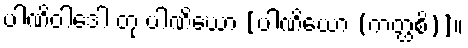
ပါဏိဝါဒေါ တု ပါဏိဃော [ပါဏိယော (ကတ္ထစိ)]။